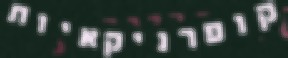
קופרניקאיות